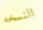
النسخه